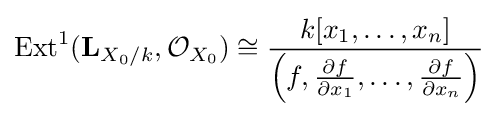
{\text{Ext}}^{1}(\mathbf {L} _{X_{0}/k},{\mathcal {O}}_{X_{0}})\cong {\frac {k[x_{1},\ldots ,x_{n}]}{\left(f,{\frac {\partial f}{\partial x_{1}}},\ldots ,{\frac {\partial f}{\partial x_{n}}}\right)}}